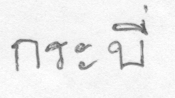
กระบี่